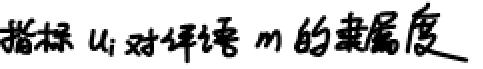
指标 $u_{i}$ 对评语 $m$ 的隶属度